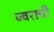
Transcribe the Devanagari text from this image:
ज्वराची